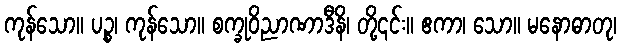
ကုန်သော။ ပဉ္စ၊ ကုန်သော။ စက္ခုဝိညာဏာဒီနိ၊ တို့၎င်း။ ဧကာ၊ သော။ မနောဓာတု၊